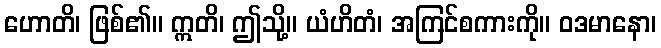
ဟောတိ၊ ဖြစ်၏။ ဣတိ၊ ဤသို့။ ယံဟိတံ၊ အကြင်စကားကို။ ဝဒမာနော၊